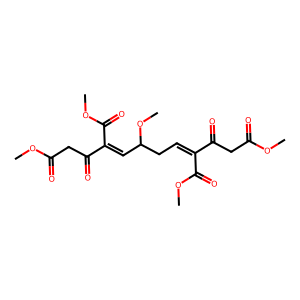
SMILES: COC(=O)CC(=O)C(=CCC(C=C(C(=O)CC(=O)OC)C(=O)OC)OC)C(=O)OC
Inhibits HIV replication: No